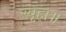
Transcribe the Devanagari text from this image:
स्पृहा॥